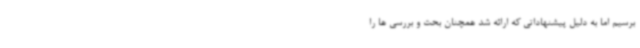
برسیم اما به دلیل پیشنهاداتی که ارائه شد همچنان بحث و بررسی ها را